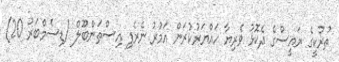
ތުރުކީގެ ރައީސްގެ ދެކޮޅު ވެރިޔާ ހައްޔަރުކުރަން އަމުރު ނެރެފި އިސްތަންބޫލް (ޑިސެމްބަރު 20)